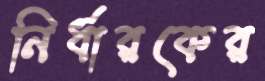
নির্ধারকের